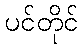
ပင်တိုင်